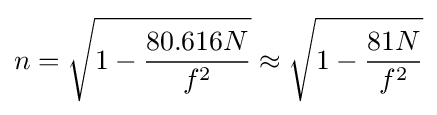
n={\sqrt {1-{\frac {80.616N}{f^{2}}}}}\approx {\sqrt {1-{\frac {81N}{f^{2}}}}}